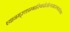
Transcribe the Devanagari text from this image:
ध्यानम्‌रक्ताम्भास्थिपोतोल्लसदरुणसरोजाङ